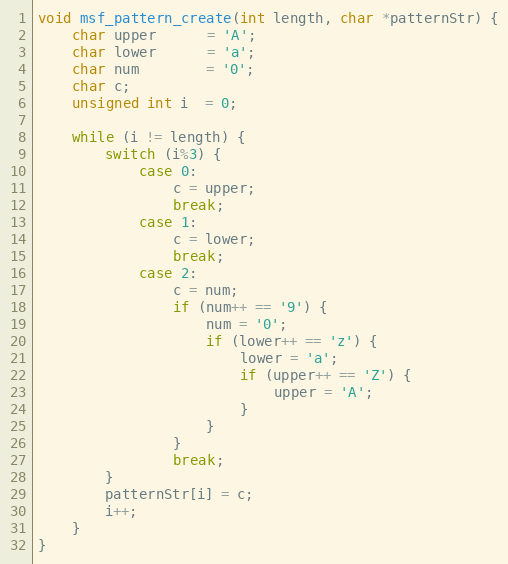
Language: C++
void msf_pattern_create(int length, char *patternStr) {
    char upper      = 'A';
    char lower      = 'a';
    char num        = '0';
    char c;
    unsigned int i  = 0;

    while (i != length) {
        switch (i%3) {
            case 0:
                c = upper;
                break;
            case 1:
                c = lower;
                break;
            case 2:
                c = num;
                if (num++ == '9') {
                    num = '0';
                    if (lower++ == 'z') {
                        lower = 'a';
                        if (upper++ == 'Z') {
                            upper = 'A';
                        }
                    }
                }
                break;
        }
        patternStr[i] = c;
        i++;
    }
}